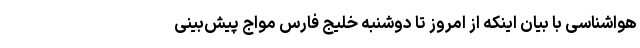
هواشناسی با بیان اینکه از امروز تا دوشنبه خلیج فارس مواج پیش‌بینی